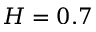
H = 0 . 7